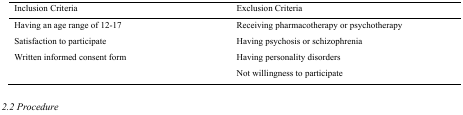
<table><thead><tr><td><b>Inclusion Criteria</b></td><td><b>Exclusion Criteria</b></td></tr></thead><tbody><tr><td>Having an age range of 12-17</td><td>Receiving pharmacotherapy or psychotherapy</td></tr><tr><td>Satisfaction to participate</td><td>Having psychosis or schizophrenia</td></tr><tr><td>Written informed consent form</td><td>Having personality disorders</td></tr><tr><td></td><td>Not willingness to participate</td></tr></tbody></table>